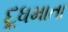
દૂધમાતા